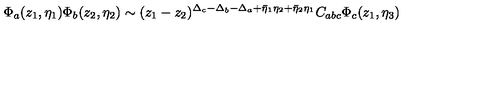
\Phi _ { a } ( z _ { 1 } , \eta _ { 1 } ) \Phi _ { b } ( z _ { 2 } , \eta _ { 2 } ) \sim ( z _ { 1 } - z _ { 2 } ) ^ { \Delta _ { c } - \Delta _ { b } - \Delta _ { a } + \bar { \eta } _ { 1 } \eta _ { 2 } + \bar { \eta } _ { 2 } \eta _ { 1 } } C _ { a b c } \Phi _ { c } ( z _ { 1 } , \eta _ { 3 } )